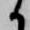
御